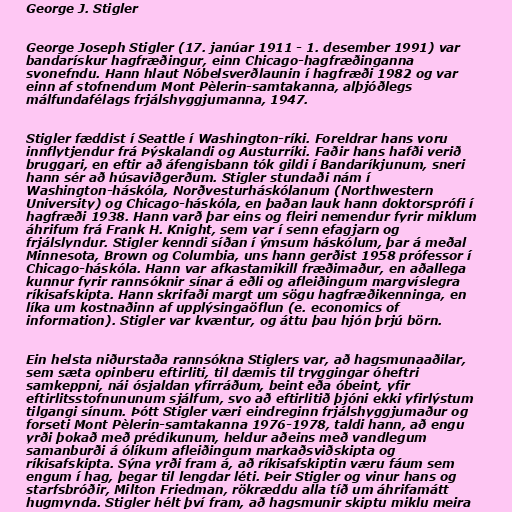
George J. Stigler

George Joseph Stigler (17. janúar 1911 - 1. desember 1991) var
bandarískur hagfræðingur, einn Chicago-hagfræðinganna
svonefndu. Hann hlaut Nóbelsverðlaunin í hagfræði 1982 og var
einn af stofnendum Mont Pèlerin-samtakanna, alþjóðlegs
málfundafélags frjálshyggjumanna, 1947.

Stigler fæddist í Seattle í Washington-ríki. Foreldrar hans voru
innflytjendur frá Þýskalandi og Austurríki. Faðir hans hafði verið
bruggari, en eftir að áfengisbann tók gildi í Bandaríkjunum, sneri
hann sér að húsaviðgerðum. Stigler stundaði nám í
Washington-háskóla, Norðvesturháskólanum (Northwestern
University) og Chicago-háskóla, en þaðan lauk hann doktorsprófi í
hagfræði 1938. Hann varð þar eins og fleiri nemendur fyrir miklum
áhrifum frá Frank H. Knight, sem var í senn efagjarn og
frjálslyndur. Stigler kenndi síðan í ýmsum háskólum, þar á meðal
Minnesota, Brown og Columbia, uns hann gerðist 1958 prófessor í
Chicago-háskóla. Hann var afkastamikill fræðimaður, en aðallega
kunnur fyrir rannsóknir sínar á eðli og afleiðingum margvíslegra
ríkisafskipta. Hann skrifaði margt um sögu hagfræðikenninga, en
líka um kostnaðinn af upplýsingaöflun (e. economics of
information). Stigler var kvæntur, og áttu þau hjón þrjú börn.

Ein helsta niðurstaða rannsókna Stiglers var, að hagsmunaaðilar,
sem sæta opinberu eftirliti, til dæmis til tryggingar óheftri
samkeppni, nái ósjaldan yfirráðum, beint eða óbeint, yfir
eftirlitsstofnununum sjálfum, svo að eftirlitið þjóni ekki yfirlýstum
tilgangi sínum. Þótt Stigler væri eindreginn frjálshyggjumaður og
forseti Mont Pèlerin-samtakanna 1976-1978, taldi hann, að engu
yrði þokað með prédikunum, heldur aðeins með vandlegum
samanburði á ólíkum afleiðingum markaðsviðskipta og
ríkisafskipta. Sýna yrði fram á, að ríkisafskiptin væru fáum sem
engum í hag, þegar til lengdar léti. Þeir Stigler og vinur hans og
starfsbróðir, Milton Friedman, rökræddu alla tíð um áhrifamátt
hugmynda. Stigler hélt því fram, að hagsmunir skiptu miklu meira